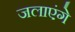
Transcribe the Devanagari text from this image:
जलाएंगे